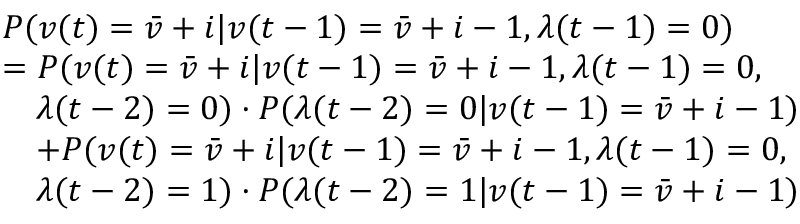
\begin{array} { r l } & { P ( v ( t ) = \bar { v } + i | v ( t - 1 ) = \bar { v } + i - 1 , \lambda ( t - 1 ) = 0 ) } \\ & { = P ( v ( t ) = \bar { v } + i | v ( t - 1 ) = \bar { v } + i - 1 , \lambda ( t - 1 ) = 0 , } \\ & { \quad \lambda ( t - 2 ) = 0 ) \cdot P ( \lambda ( t - 2 ) = 0 | v ( t - 1 ) = \bar { v } + i - 1 ) } \\ & { \quad + P ( v ( t ) = \bar { v } + i | v ( t - 1 ) = \bar { v } + i - 1 , \lambda ( t - 1 ) = 0 , } \\ & { \quad \lambda ( t - 2 ) = 1 ) \cdot P ( \lambda ( t - 2 ) = 1 | v ( t - 1 ) = \bar { v } + i - 1 ) } \end{array}